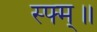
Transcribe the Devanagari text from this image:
स्फ्म्॥